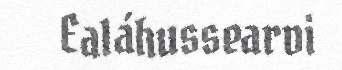
Ealáhussearvi